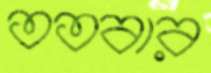
ততবার